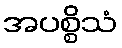
အပစ္စိသံ